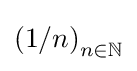
\left(1/n\right)_{n\in \mathbb {N} }